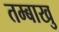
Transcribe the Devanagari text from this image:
तम्बाखु